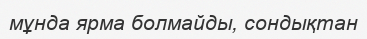
мұнда ярма болмайды, сондықтан